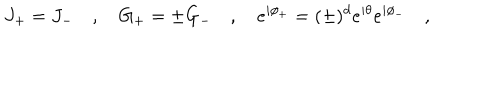
J _ { + } = J _ { - } \quad , \quad G _ { + } = \pm G _ { - } \quad , \quad e ^ { i \phi _ { + } } = ( \pm ) ^ { d } e ^ { i \theta } e ^ { i \phi _ { - } } \quad ,